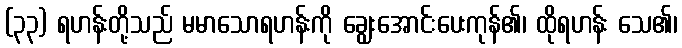
(၃၃) ရဟန်းတို့သည် မမာသောရဟန်းကို ချွေးအောင်းပေးကုန်၏၊ ထိုရဟန်း သေ၏၊